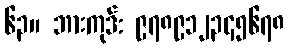
၆၃။ ဘားကုဒ်: ၉၇၈၉၁၂၃၄၅၆၇၈